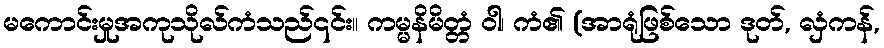
မကောင်းမှုအကုသိုလ်ကံသည်၎င်း။ ကမ္မနိမိတ္တံ ဝါ၊ ကံ၏ (အာရုံဖြစ်သော ဒုတ်, လှံကန်,